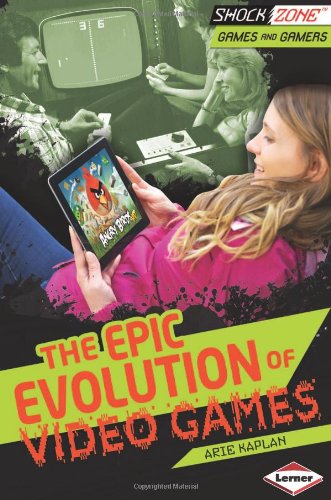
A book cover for The Epic Evolution of Video Games (Shockzone - Games and Gamers); Arie Kaplan; Children's Books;